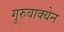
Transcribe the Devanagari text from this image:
गुरुवाक्येन